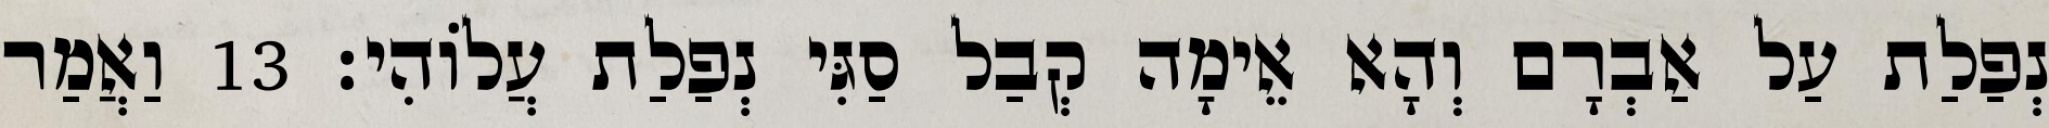
נְפַלַת עַל אַבְרָם וְהָא אֵימָה קְבַל סַגִּי נְפַלַת עֲלוֹהִי׃ 13 וַאֲמַר